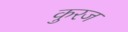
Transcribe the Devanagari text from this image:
कुरज